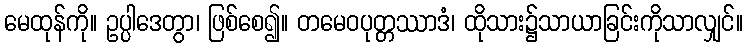
မေထုန်ကို။ ဥပ္ပါဒေတွာ၊ ဖြစ်စေ၍။ တမေဝပုတ္တဿာဒံ၊ ထိုသား၌သာယာခြင်းကိုသာလျှင်။